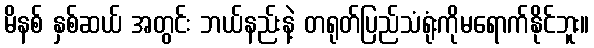
မိနစ် နှစ်ဆယ် အတွင်း ဘယ်နည်းနဲ့ တရုတ်ပြည်သံရုံးကိုမရောက်နိုင်ဘူး။